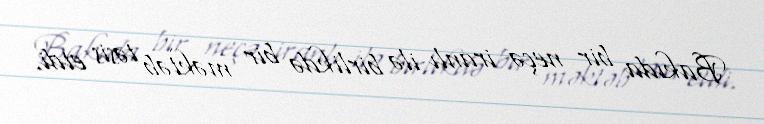
Bakıda bir neçə iranlı ilə birlikdə bir məktəb təsis etdi.